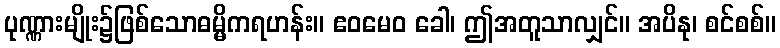
ပုဏ္ဏားမျိုး၌ဖြစ်သောဓမ္မိကရဟန်း။ ဧဝမေဝ ခေါ၊ ဤအတူသာလျှင်။ အပိနု၊ စင်စစ်။